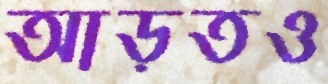
আড়তও